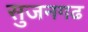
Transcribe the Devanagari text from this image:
सुजनगढ